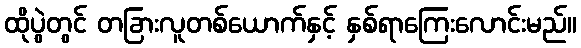
ထိုပွဲတွင် တခြားလူတစ်ယောက်နှင့် နှစ်ရာကြေးလောင်းမည်။